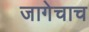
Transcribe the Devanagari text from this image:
जागेचाच